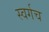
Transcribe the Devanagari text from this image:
स्वर्गच